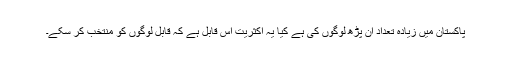
پاکستان میں زیادہ تعداد ان پڑھ لوگوں کی ہے کیا یہ اکثریت اس قابل ہے کہ قابل لوگوں کو منتخب کر سکے۔